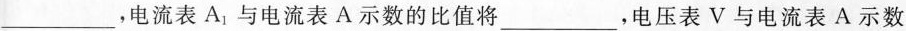
___,电流表A_{1}与电流表A示数的比值将___,电压表V与电流表A示数